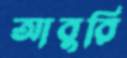
আবুরি